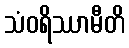
သံဝရိဿာမီတိ